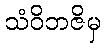
သံဝိဘဇိမှ